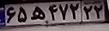
۶۵ه۴۷۲۲۲